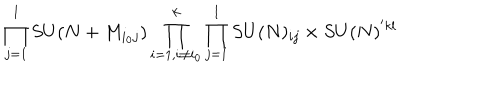
LaTeX: \prod _ { j = 1 } ^ { l } S U ( N + M _ { i _ { 0 } j } ) \prod _ { i = 1 , i \ne i _ { 0 } } ^ { k } \prod _ { j = 1 } ^ { l } S U ( N ) _ { i j } \times S U ( N ) ^ { ' k l }